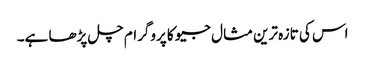
اس کی تازہ ترین مثال جیو کا پروگرام چل پڑھا ہے۔